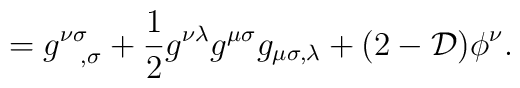
= g^{\nu \sigma}_{~~,\sigma} + {1\over 2} g^{\nu \lambda} g^{\mu \sigma}g_{\mu \sigma , \lambda} + (2-{\cal D}) \phi^\nu .